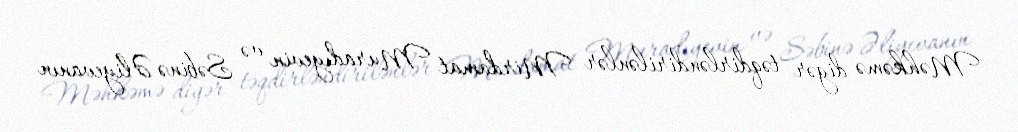
Məhkəmə digər təqdirləndirilənlər Mirdamat Muradıyevin və Səbinə Əliyevanın